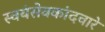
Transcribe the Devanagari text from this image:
स्वयंसेवकांदवारे